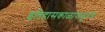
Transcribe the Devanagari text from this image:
इतिहासकाळापासूनचे